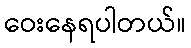
ဝေးနေရပါတယ်။